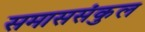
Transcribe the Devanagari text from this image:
समाससंकुल